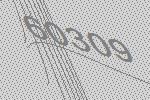
60309